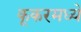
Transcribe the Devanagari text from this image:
कूकरमध्ये